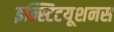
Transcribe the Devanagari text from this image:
इन्स्टिटयूशनस